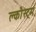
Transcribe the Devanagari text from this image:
क्लौस्ट्रम